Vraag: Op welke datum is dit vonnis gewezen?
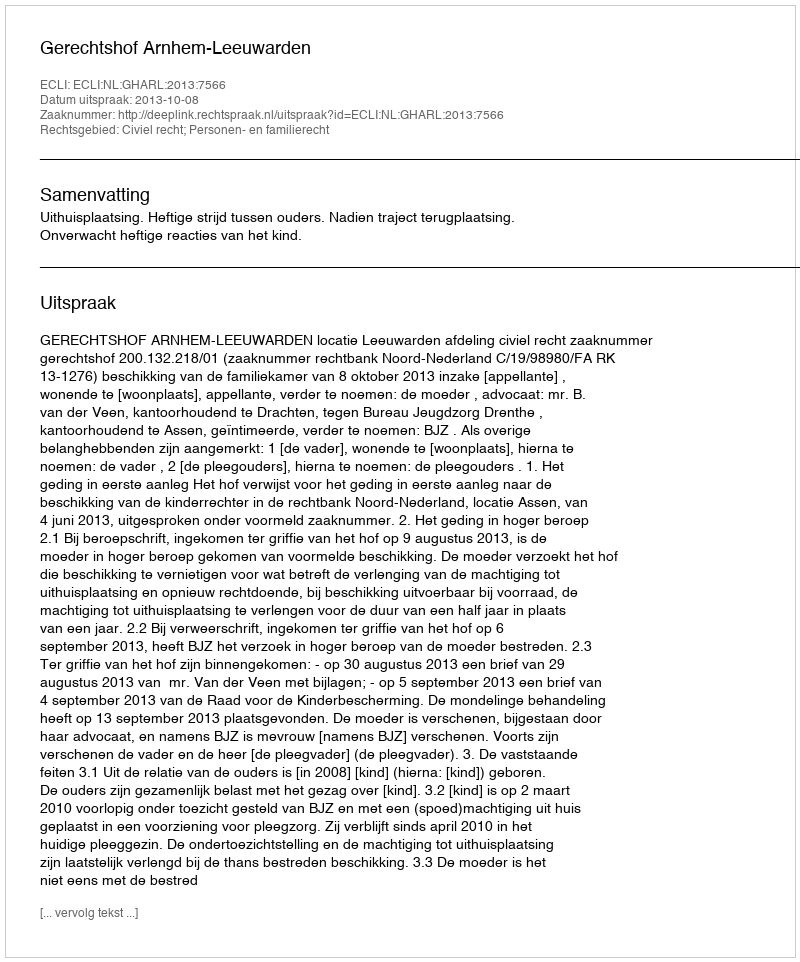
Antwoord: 2013-10-08